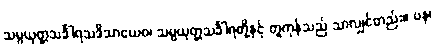
သမ္ပယုတ္တသင်္ခါရသဒိသာယေဝ၊ သမ္ပယုတ္တသင်္ခါရတို့နှင့် တူကုန်သည် သာလျှင်တည်း။ ပန၊